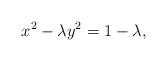
LaTeX: \begin{align*}x^2-\lambda y^2=1-\lambda,\end{align*}